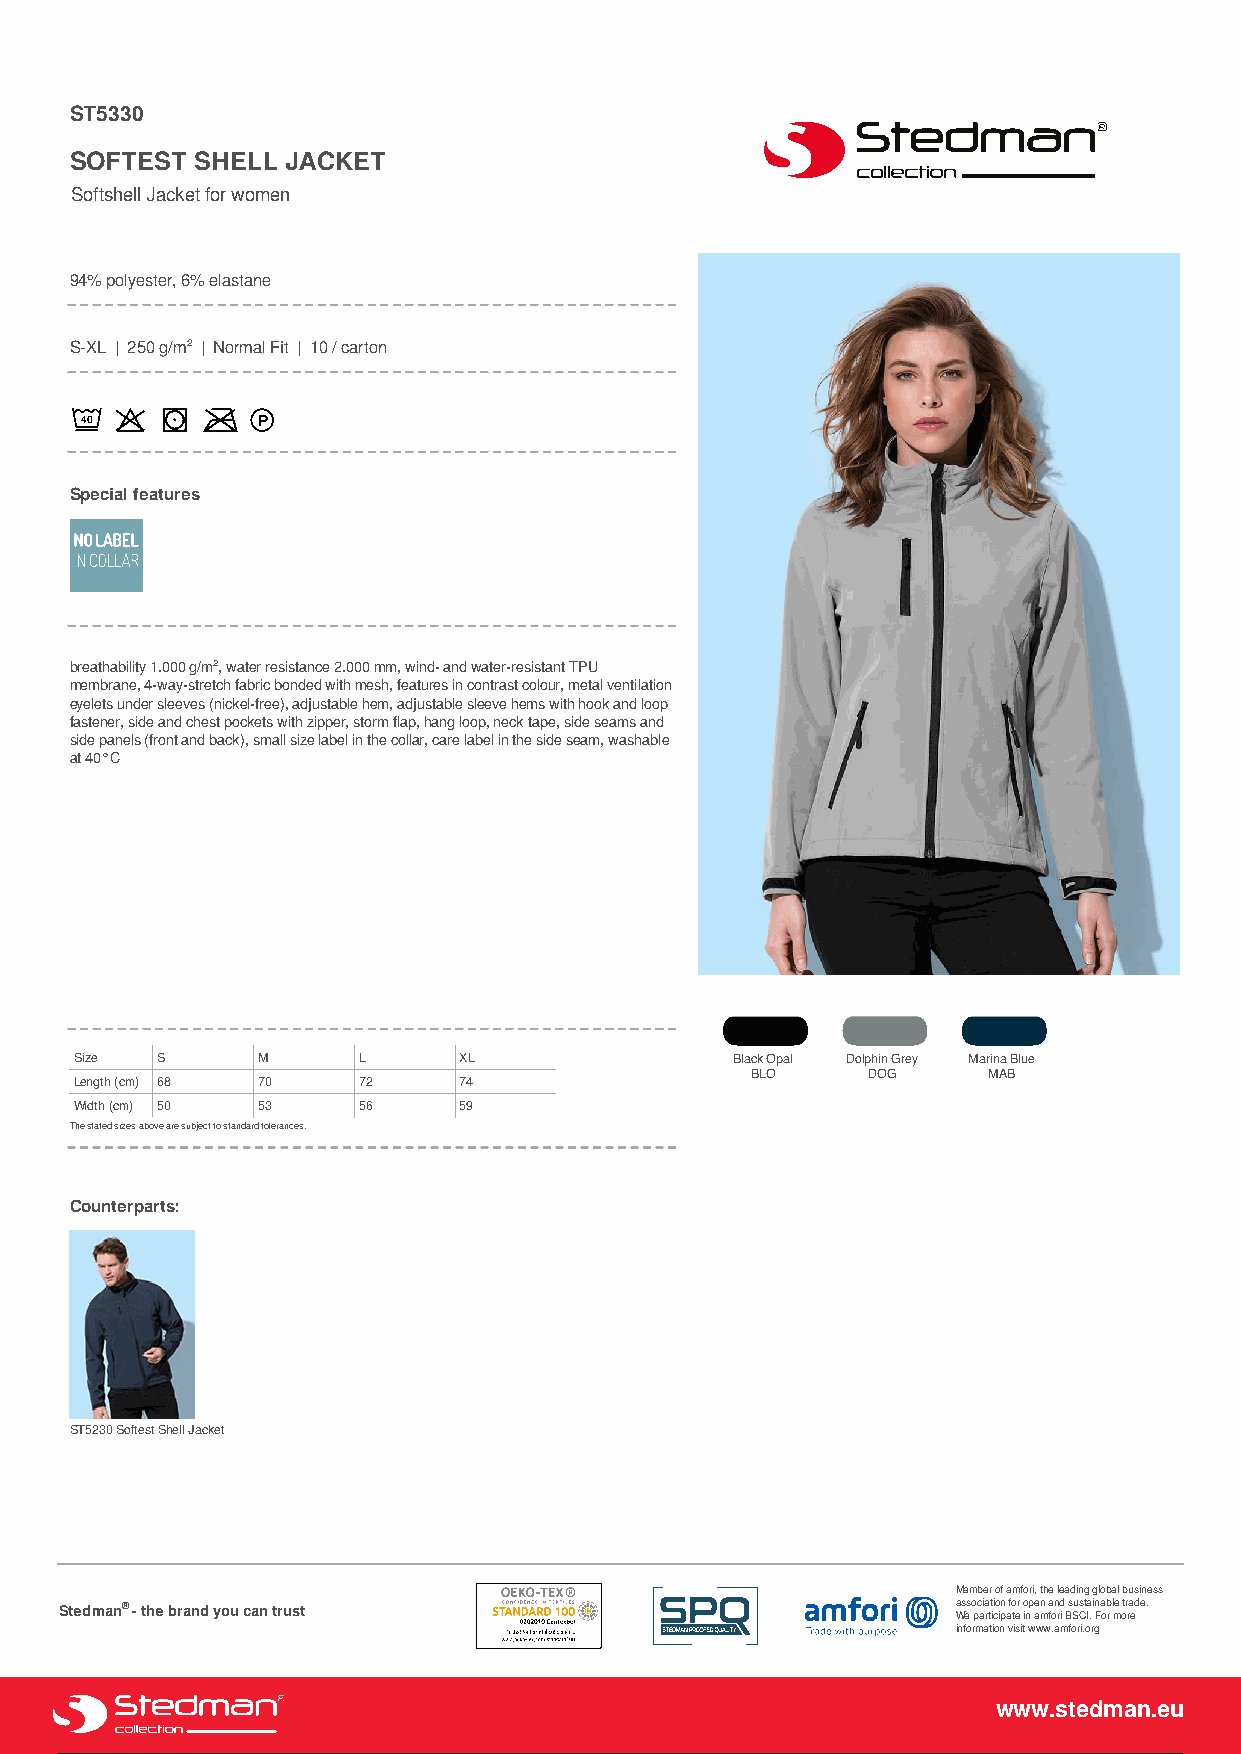
ST5330
 SOFTEST SHELL JACKET
 Softshell Jacket for women
 94% polyester, 6% elastane
 S-XL | 250 g/m² | Normal Fit | 10 / carton
 Special features
 breathability 1.000 g/m², water resistance 2.000 mm, wind- and water-resistant TPU
 membrane, 4-way-stretch fabric bonded with mesh, features in contrast colour, metal ventilation
 eyelets under sleeves (nickel-free), adjustable hem, adjustable sleeve hems with hook and loop
 fastener, side and chest pockets with zipper, storm flap, hang loop, neck tape, side seams and
 side panels (front and back), small size label in the collar, care label in the side seam, washable
 at 40°C
 Size S      M      L     XL                 Black Opal Dolphin Grey Marina Blue
 BLO    DOG     MAB
 Length (cm) 68 70  72    74
 Width (cm) 50 53   56    59
 The stated sizes above are subject to standard tolerances.
 Counterparts:
 ST5230 Softest Shell Jacket
 Member of amfori, the leading global business
 Stedman® - the brand you can trust                         association for open and sustainable trade.
 We participate in amfori BSCI. For more
 information visit www.amfori.org
 www.stedman.eu
 Powered by TCPDF (www.tcpdf.org)
 1 / 1